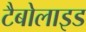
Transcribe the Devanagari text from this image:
टैबोलाइड